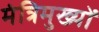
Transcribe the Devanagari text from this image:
मंत्रिमुख्यों